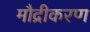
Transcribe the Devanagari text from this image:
मौद्रीकरण